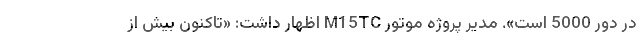
در دور 5000 است». مدیر پروژه موتور M15TC اظهار داشت: «تاکنون بیش از